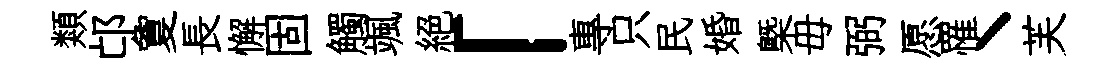
類邙夐長懈固觸颯絕「專只民婚槩毋弼愿罹丶芙